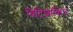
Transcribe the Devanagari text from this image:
बिटिशांकित